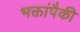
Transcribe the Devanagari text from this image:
भक्तांपैकी